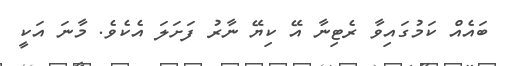
ބައެއް ކަމުގައިވާ ރެޓިނާ އޭ ކިޔޭ ނާރު ފަށަލަ އެކެވެ. މާނަ އަކީ